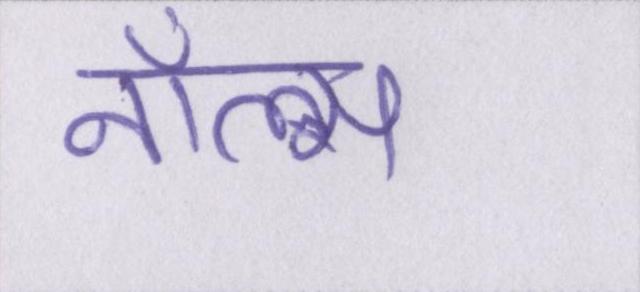
नॉल्स